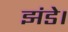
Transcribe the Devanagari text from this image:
झंडे।